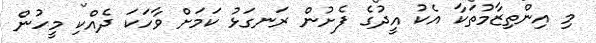
މި އިންތިޒާމުތަކާ އެކު އީދުގެ ފެށުން ރަނގަޅު ކަމަށް ވާހަކަ ދެއްކި މީހުން